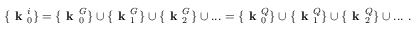
\{ \textbf { k } _ { 0 } ^ { i } \} = \{ \textbf { k } _ { 0 } ^ { G } \} \cup \{ \textbf { k } _ { 1 } ^ { G } \} \cup \{ \textbf { k } _ { 2 } ^ { G } \} \cup . . . = \{ \textbf { k } _ { 0 } ^ { Q } \} \cup \{ \textbf { k } _ { 1 } ^ { Q } \} \cup \{ \textbf { k } _ { 2 } ^ { Q } \} \cup . . . ~ .